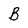
Character: B